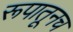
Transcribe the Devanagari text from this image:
रूपातूनच